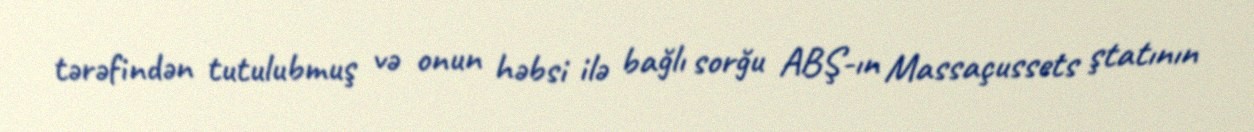
tərəfindən tutulubmuş və onun həbsi ilə bağlı sorğu ABŞ-ın Massaçussets ştatının